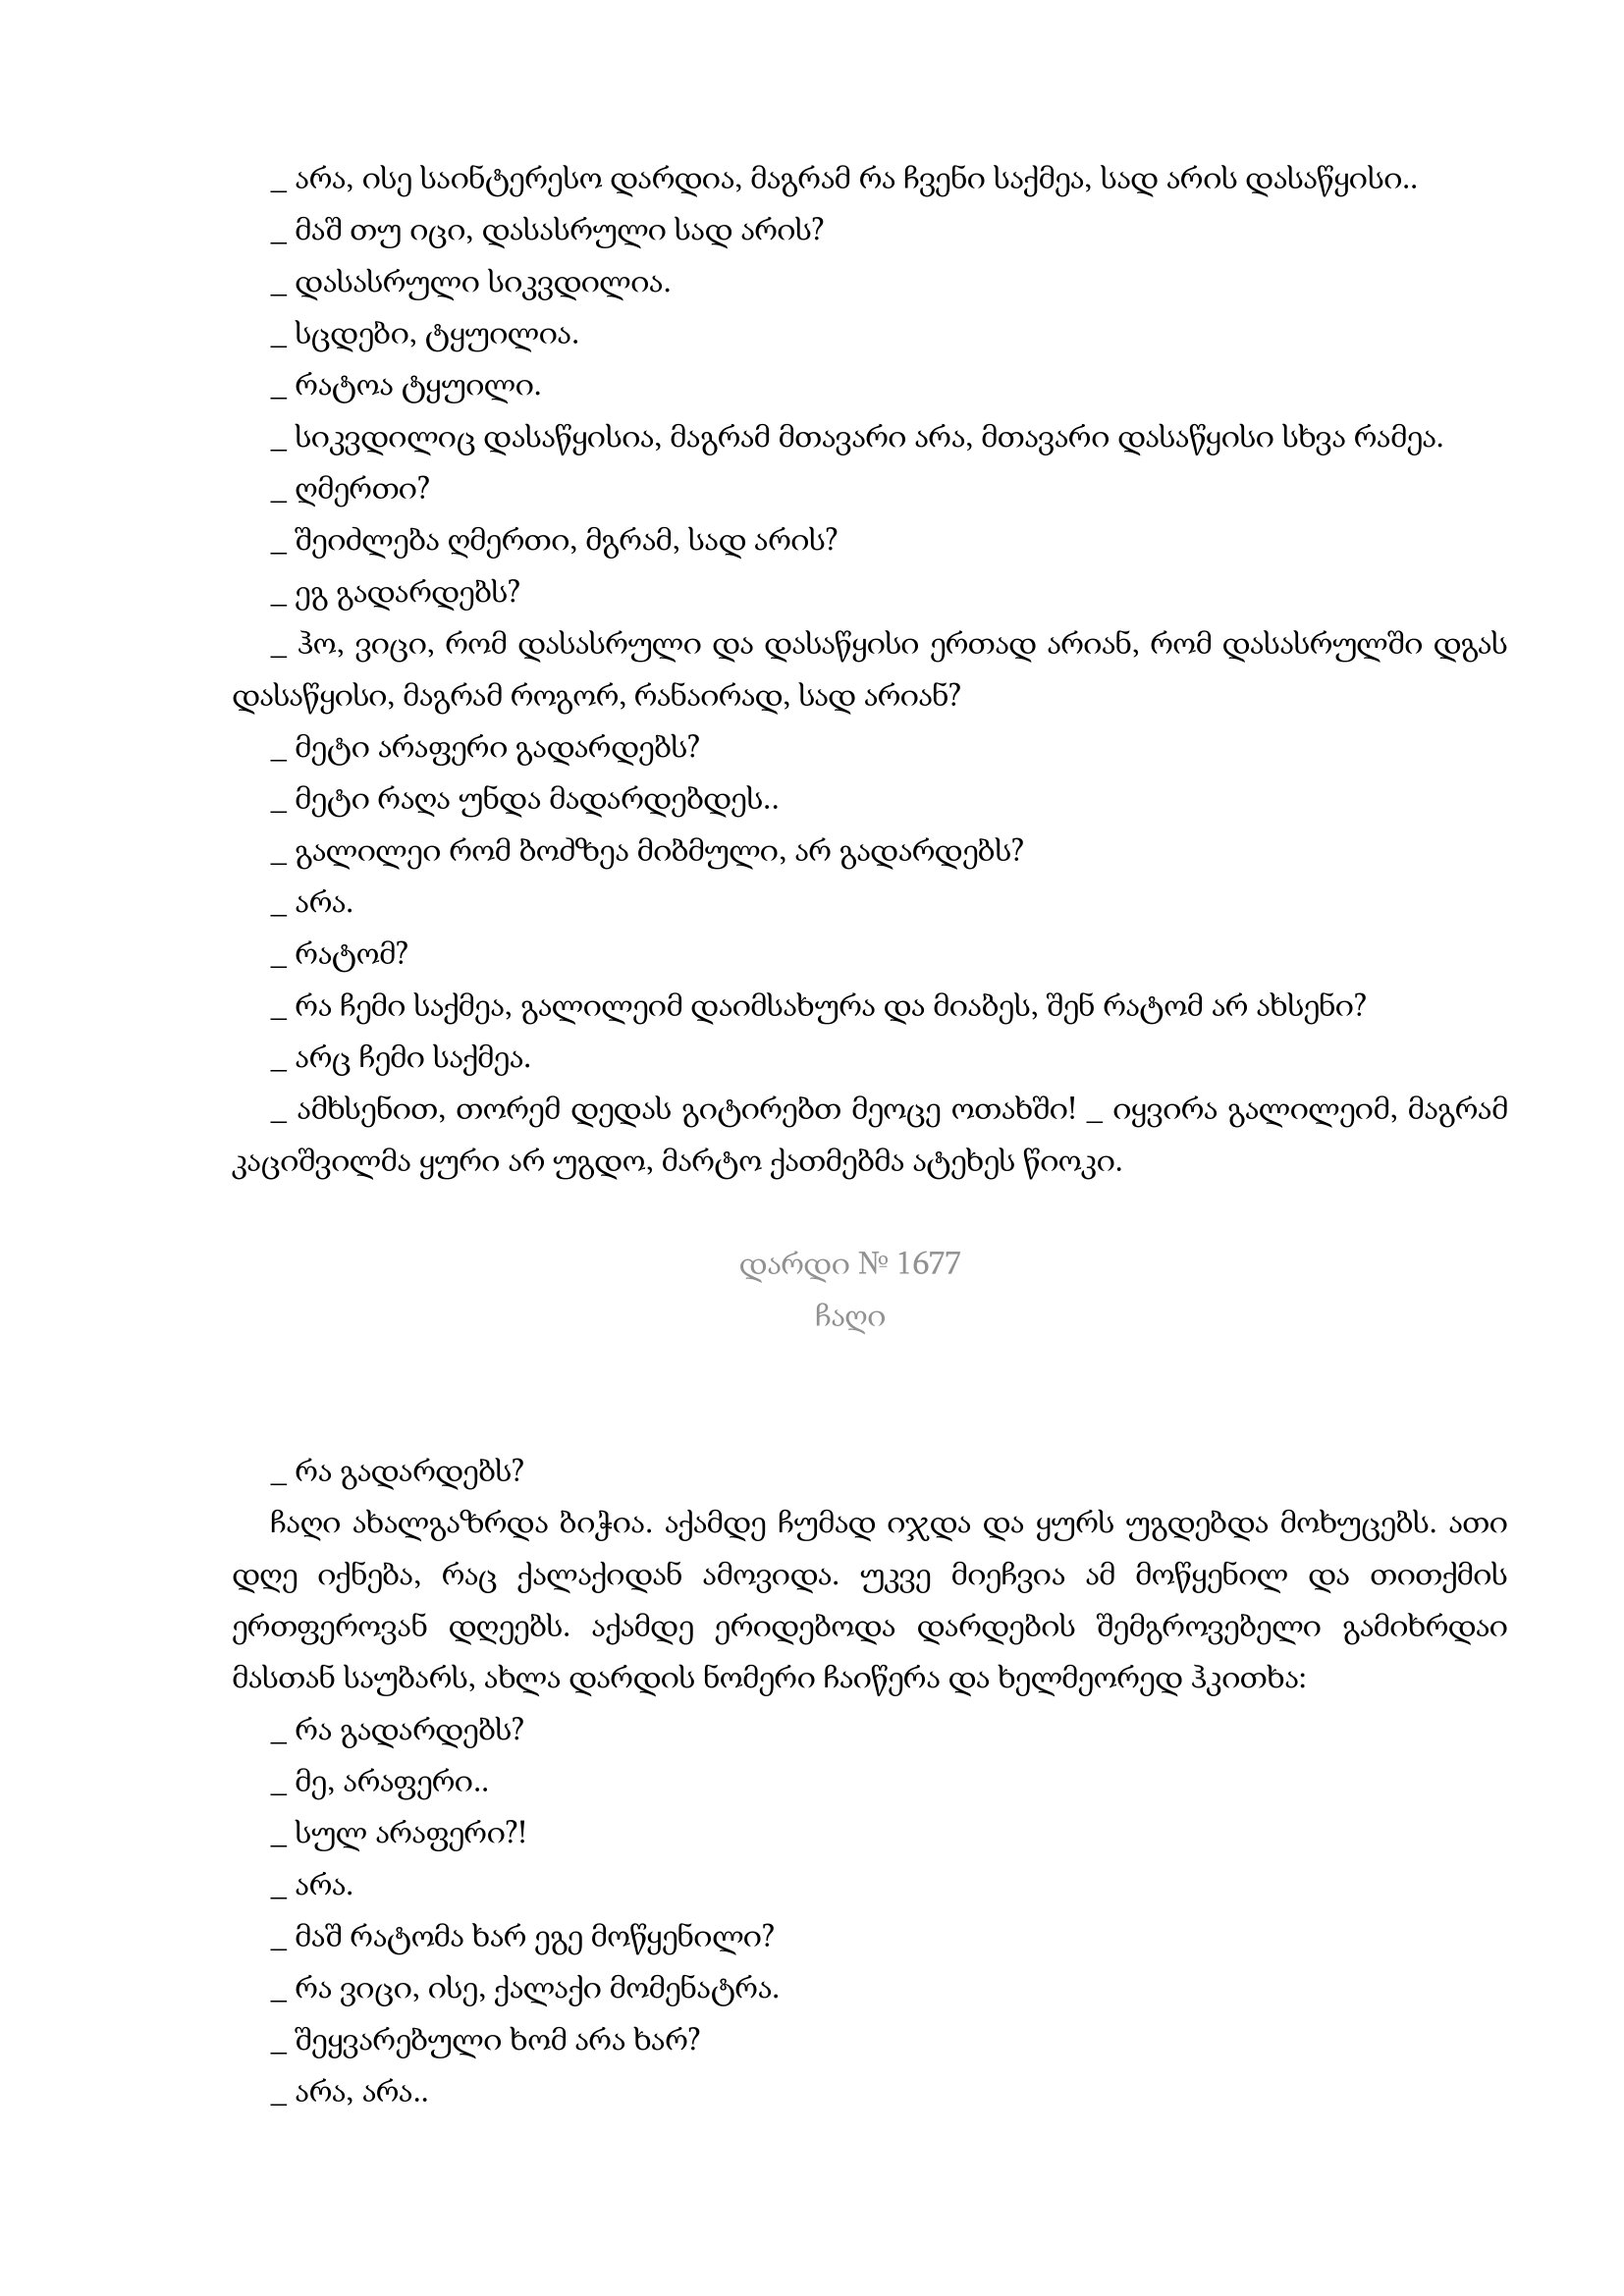
Language: gr